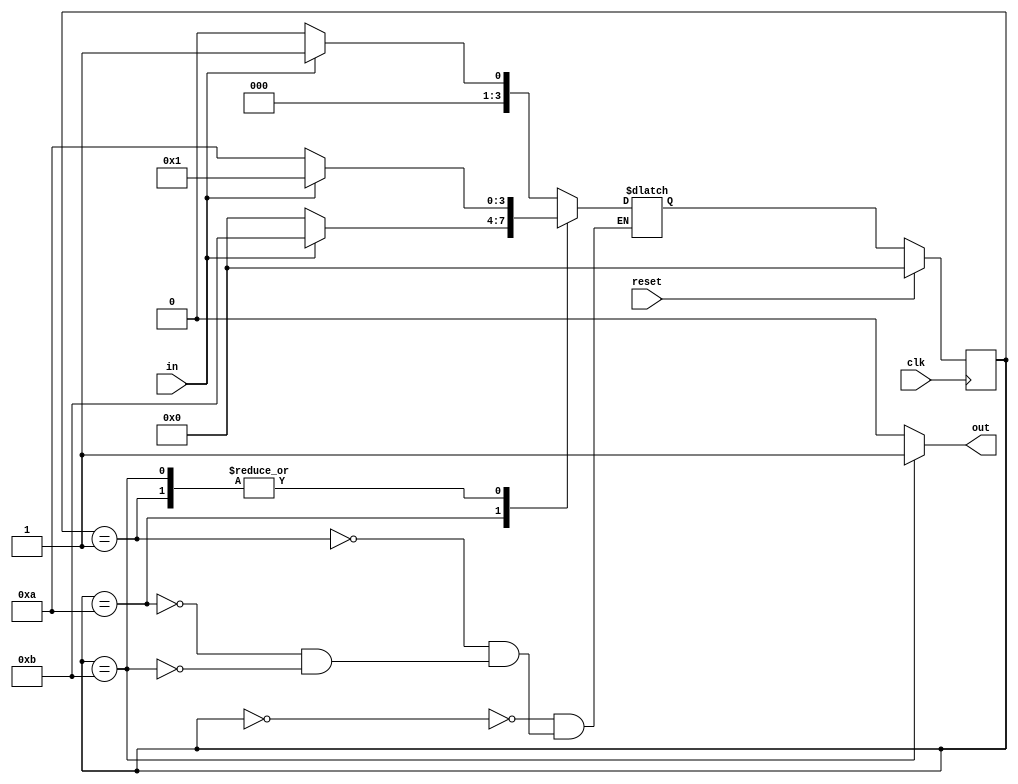
module top_module(
    input clk,
    input in,
    input reset,
    output out); 

  reg[3:0] state, next_state;
    parameter A =00, B=01, C=10, D=11;

  //state transition logic
    always@(*)
        begin
            case(state)
                A: next_state = in==1?B:A;
                B: next_state = in==1?B:C;
                C: next_state = in==1?D:A;
                D: next_state = in==1?B:C;
            endcase
        end
    // synchronous reset logic
    always@(posedge clk)
        begin
            if(reset)
                state <= A;
            else
                state <= next_state;
        end

    // Output logic
    assign out = state == D? 1:0;
endmodule